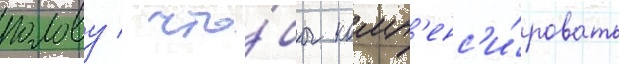
голову / что́бы комп'енс'и́ровать